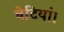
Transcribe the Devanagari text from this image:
बेटियां।